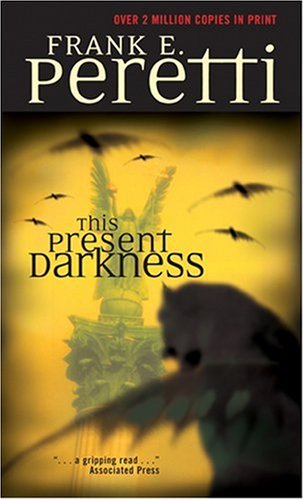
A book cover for This Present Darkness; Frank E. Peretti; Christian Books & Bibles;